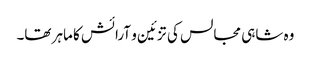
وہ شاہی مجالس کی تزئین و آرائش کا ماہر تھا۔